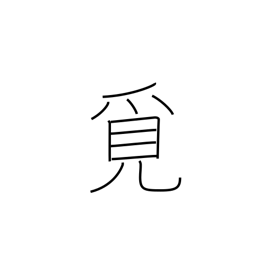
Meaning: seek